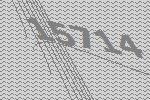
15714